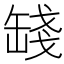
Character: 𦈻